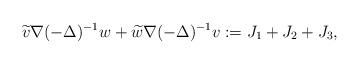
LaTeX: \begin{align*} \widetilde{v}\nabla(-\Delta)^{-1}w+\widetilde{w}\nabla(-\Delta)^{-1}v:=J_{1}+J_{2}+J_{3},\end{align*}